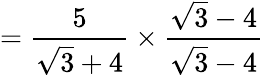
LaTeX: ={\frac{5}{{\sqrt{3}}+4}}\times{\frac{{\sqrt{3}}-4}{{\sqrt{3}}-4}}